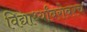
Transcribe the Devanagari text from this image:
विद्यार्थ्यांबरोबरच